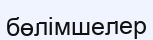
бөлімшелер